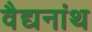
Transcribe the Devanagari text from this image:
वैद्यनांथ